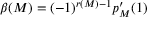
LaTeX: \beta ( M ) = ( - 1 ) ^ { r ( M ) - 1 } p _ { M } ^ { \prime } ( 1 )